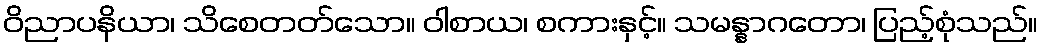
ဝိညာပနိယာ၊ သိစေတတ်သော။ ဝါစာယ၊ စကားနှင့်။ သမန္နာဂတော၊ ပြည့်စုံသည်။